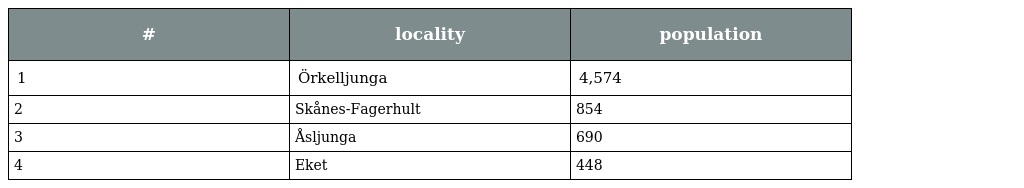
| # | locality | population |
 | --- | --- | --- |
 | 1 | Örkelljunga | 4,574 |
 | 2 | Skånes-Fagerhult | 854 |
 | 3 | Åsljunga | 690 |
 | 4 | Eket | 448 |